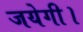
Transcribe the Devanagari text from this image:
जयेगी।